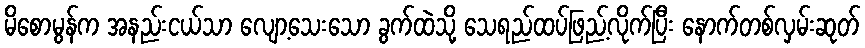
မိစောမွန်က အနည်းငယ်သာ လျော့သေးသော ခွက်ထဲသို့ သေရည်ထပ်ဖြည့်လိုက်ပြီး နောက်တစ်လှမ်းဆုတ်